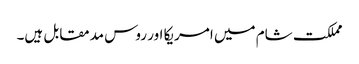
مملکت شام میں امریکا اور روس مدمقابل ہیں۔